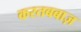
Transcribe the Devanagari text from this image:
करतबबाज़